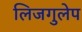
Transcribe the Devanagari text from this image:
लिजगुलेप